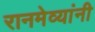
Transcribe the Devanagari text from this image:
रानमेव्यांनी